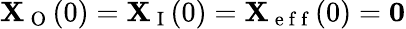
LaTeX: \mathbf{X}_{\mathrm{~O~}}(0)=\mathbf{X}_{\mathrm{~I~}}(0)=\mathbf{X}_{\mathrm{~e~f~f~}}(0)=\mathbf{0}